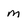
Character: m